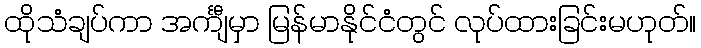
ထိုသံချပ်ကာ အင်္ကျီမှာ မြန်မာနိုင်ငံတွင် လုပ်ထားခြင်းမဟုတ်။